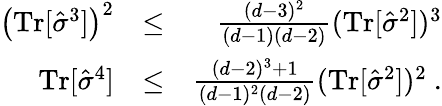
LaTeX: \begin{array}{rlr}{\left(\textrm{Tr}[\hat{\sigma}^{3}]\right)^{2}}&{\leq}&{\frac{(d-3)^{2}}{(d-1)(d-2)}(\textrm{Tr}[\hat{\sigma}^{2}])^{3}}\\ {\textrm{Tr}[\hat{\sigma}^{4}]}&{\leq}&{\frac{(d-2)^{3}+1}{(d-1)^{2}(d-2)}(\textrm{Tr}[\hat{\sigma}^{2}])^{2}\ .}\end{array}